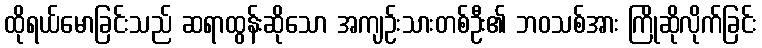
ထိုရယ်မောခြင်းသည် ဆရာထွန်းဆိုသော အကျဉ်းသားတစ်ဦး၏ ဘဝသစ်အား ကြိုဆိုလိုက်ခြင်း